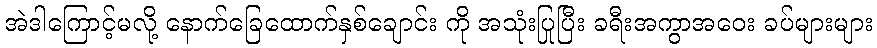
အဲဒါကြောင့်မလို့ နောက်ခြေထောက်နှစ်ချောင်း ကို အသုံးပြုပြီး ခရီးအကွာအဝေး ခပ်များများ